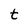
Character: t